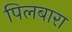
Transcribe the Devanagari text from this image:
पिलबारा